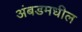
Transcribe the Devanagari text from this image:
अंबडमधील